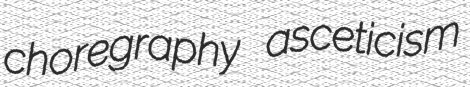
choregraphy asceticism